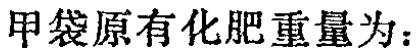
甲袋原有化肥重量为：